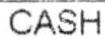
CASH